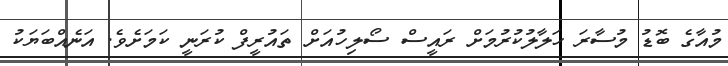
މުއާގެ ބޮޑު މުސާރަ ހަލާލުކުރުމަށް ރައީސް ސޯލިހުއަށް ތައުރީފް ކުރަނީ ކަމަށެވެ. އަނެއްބަޔަކު